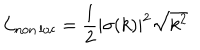
\mathcal { L } _ { \mathrm { n o n \, l o c } } = { \frac { 1 } { 2 } } | \sigma ( k ) | ^ { 2 } \sqrt { k ^ { 2 } }